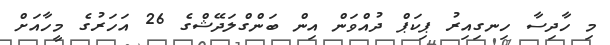
މި ހާދިސާ ހިނގިއިރު ޕިކަޕް ދުއްވަން އިން ބަންގްލަދޭޝްގެ 26 އަހަރުގެ މީހާއަށް